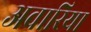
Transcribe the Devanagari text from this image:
अवारिया